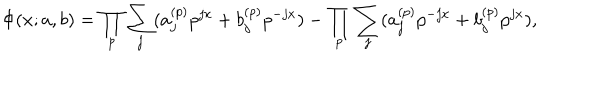
LaTeX: \Phi ( x ; a , b ) = \prod _ { p } \sum _ { j } ( a _ { j } ^ { ( p ) } p ^ { j x } + b _ { j } ^ { ( p ) } p ^ { - j x } ) - \prod _ { p } \sum _ { j } ( a _ { j } ^ { ( p ) } p ^ { - j x } + b _ { j } ^ { ( p ) } p ^ { j x } ) ,